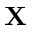
\mathbf { X }